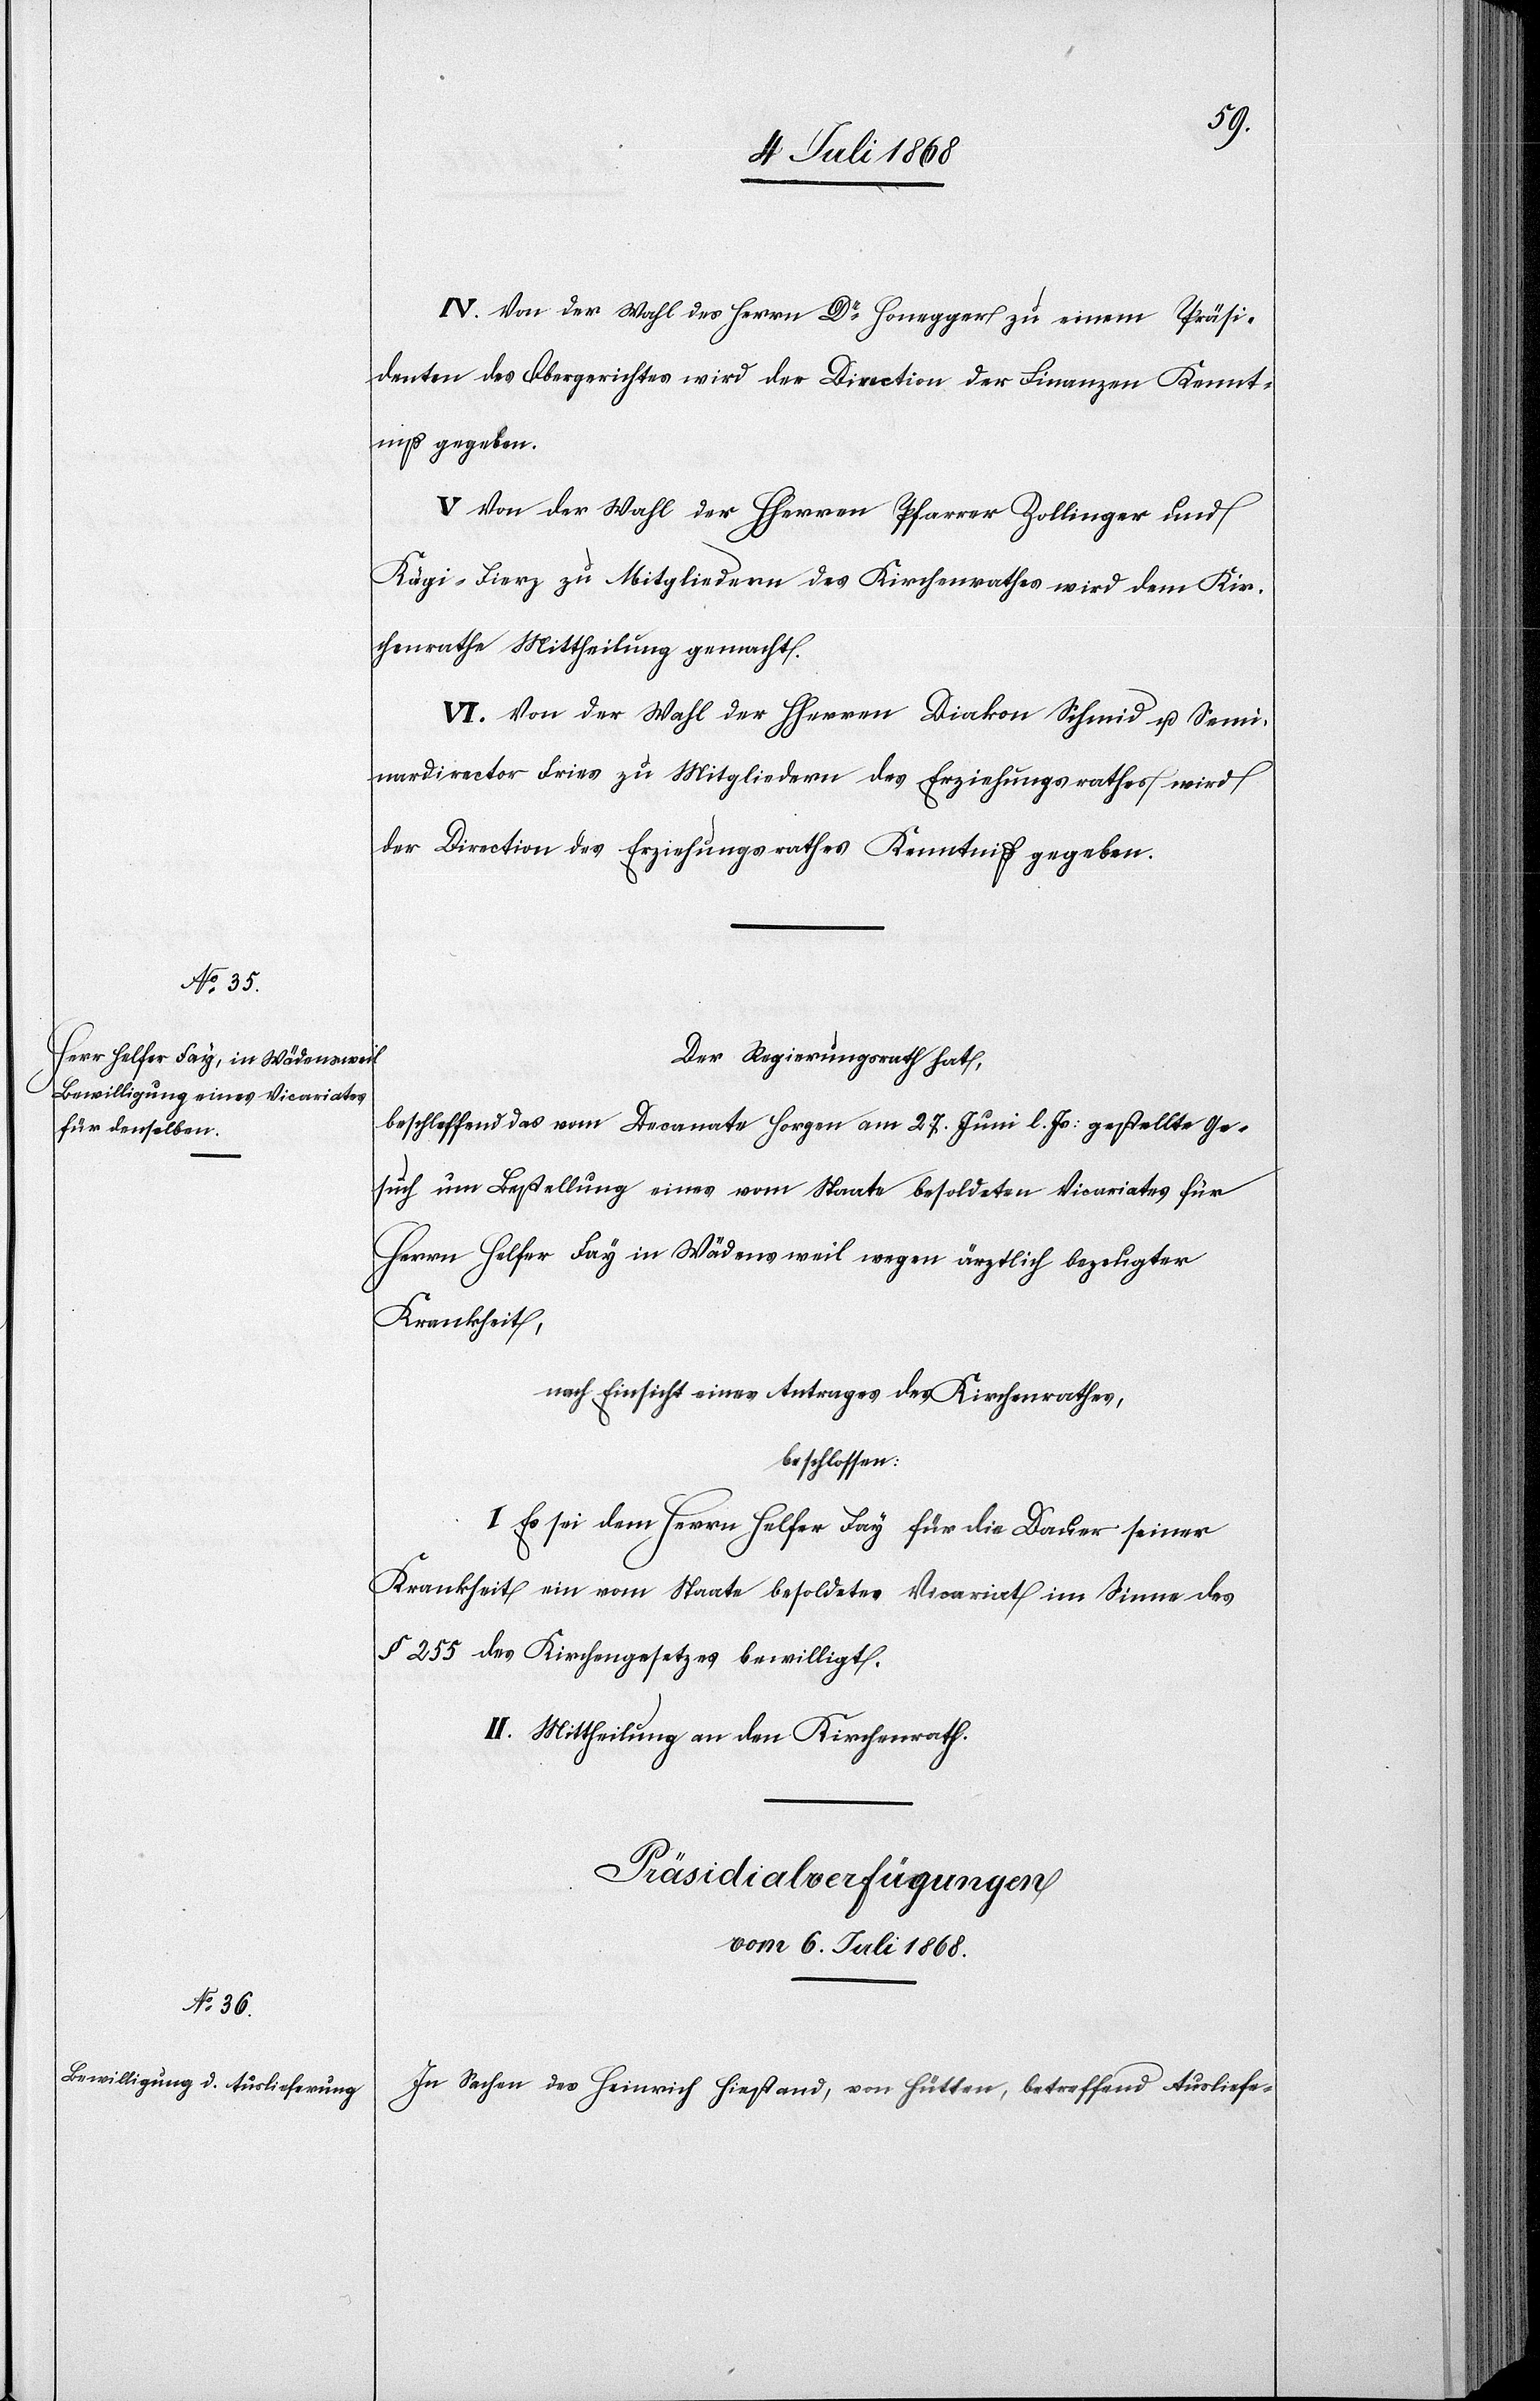
IV. Von der Wahl des Herrn Dr Honegger zu einem Präsi¬
denten des Obergerichtes wird der Direction der Finanzen Kennt¬
niß gegeben.
V. Von der Wahl der HHerren Pfarrer Zollinger und
Kägi-Fierz zu Mitgliedern des Kirchenrathes wird dem Kir¬
chenrathe Mittheilung gemacht.
VI. Von der Wahl der HHerren Diakon Schmid u. Semi¬
nardirector Fries zu Mitgliedern des Erziehungsrathes wird
der Direction des Erziehungsrathes Kenntniß gegeben.
Der Regierungsrath hat,
betreffend das vom Decanate Horgen am 27. Juni l. Js: gestellte Ge¬
such um Bestellung eines vom Staate besoldeten Vicariates für
Herrn Helfer Fay in Wädensweil wegen ärztlich bezeugter
Krankheit,
nach Einsicht eines Antrages des Kirchenrathes,
beschlossen:
I. Es sei dem Herrn Helfer Fay für die Dauer seiner
Krankheit ein vom Staate besoldetes Vicariat im Sinne des
§ 255 des Kirchengesetzes bewilligt.
II. Mittheilung an den Kirchenrath.
Präsidialverfügungen
vom 6. Juli 1868.
In Sachen des Heinrich Hiestand, von Hütten, betreffend Ausliefe-